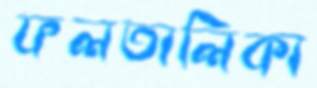
ফলতালিকা